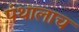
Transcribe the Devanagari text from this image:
पंथालाच